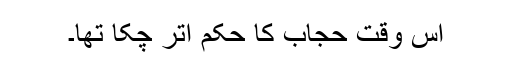
اس وقت حجاب کا حکم اتر چکا تھا۔